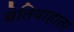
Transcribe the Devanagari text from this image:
बेतियाहाता